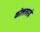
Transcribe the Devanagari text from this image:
कोलसाई